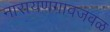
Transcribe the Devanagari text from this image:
नारायणगावजवळ